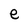
Character: e